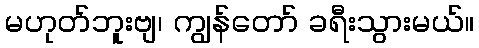
မဟုတ်ဘူးဗျ၊ ကျွန်တော် ခရီးသွားမယ်။